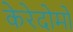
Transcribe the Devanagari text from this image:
केरेदोमो